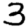
Digit: 3